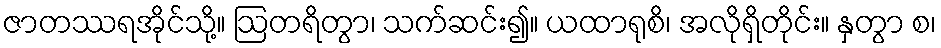
ဇာတဿရအိုင်သို့။ ဩတရိတွာ၊ သက်ဆင်း၍။ ယထာရုစိ၊ အလိုရှိတိုင်း။ နှတွာ စ၊